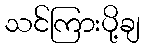
သင်ကြားပို့ချ